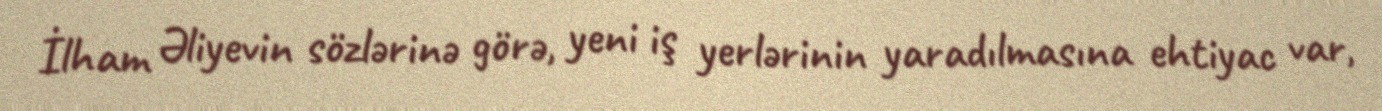
İlham Əliyevin sözlərinə görə, yeni iş yerlərinin yaradılmasına ehtiyac var,